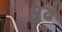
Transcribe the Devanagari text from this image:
पु्ढे